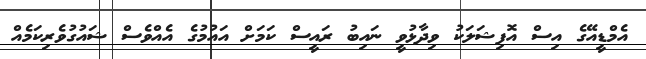
އެމްޑީއޭގެ އިސް އޮފިޝަލަކު ވިދާޅުވީ ނައިބު ރައީސް ކަމަށް އައުމުގެ އެއްވެސް ޝައުގުވެރިކަމެއް